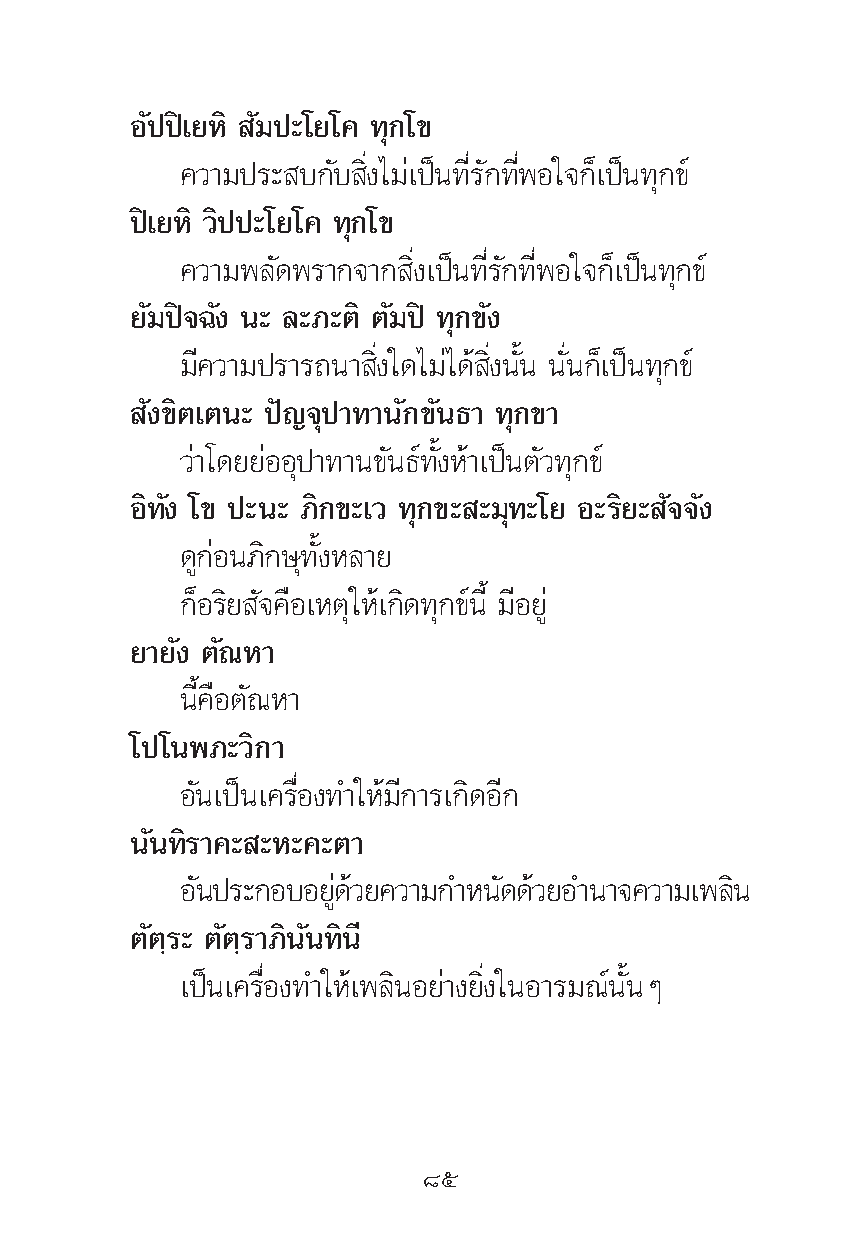
Õ—ªªî‡¬À‘ —¡ª–‚¬‚§ ∑ÿ°‚¢
 §«“¡ª√– ∫°—∫ ‘Ëß‰¡à‡ªìπ∑’Ë√—°∑’ËæÕ„®°Á‡ªìπ∑ÿ°¢å
 ªî‡¬À‘ «‘ªª–‚¬‚§ ∑ÿ°‚¢
 §«“¡æ≈—¥æ√“°®“° ‘Ëß‡ªìπ∑’Ë√—°∑’ËæÕ„®°Á‡ªìπ∑ÿ°¢å
 ¬—¡ªî®©—ß π– ≈–¿–μ‘ μ—¡ªî ∑ÿ°¢—ß
 ¡’§«“¡ª√“√∂π“ ‘Ëß„¥‰¡à‰¥â ‘Ëßπ—Èπ π—Ëπ°Á‡ªìπ∑ÿ°¢å
 —ß¢‘μ‡μπ– ªí≠®ÿª“∑“π—°¢—π∏“ ∑ÿ°¢“
 «à“‚¥¬¬àÕÕÿª“∑“π¢—π∏å∑—ÈßÀâ“‡ªìπμ—«∑ÿ°¢å
 Õ‘∑—ß ‚¢ ª–π– ¿‘°¢–‡« ∑ÿ°¢– –¡ÿ∑–‚¬ Õ–√‘¬– —®®—ß
 ¥Ÿ°àÕπ¿‘°…ÿ∑—ÈßÀ≈“¬
 °ÁÕ√‘¬ —®§◊Õ‡Àμÿ„Àâ‡°‘¥∑ÿ°¢åπ’È ¡’Õ¬Ÿà
 ¬“¬—ß μ—≥À“
 π’È§◊Õμ—≥À“
 ‚ª‚πæ¿–«‘°“
 Õ—π‡ªìπ‡§√◊ËÕß∑”„Àâ¡’°“√‡°‘¥Õ’°
 π—π∑‘√“§– –À–§–μ“
 Õπ— ª√–°Õ∫Õ¬¥Ÿà «â ¬§«“¡°”Àπ¥— ¥«â ¬Õ”π“®§«“¡‡æ≈π‘
 μ—μ⁄√– μ—μ⁄√“¿‘π—π∑‘π’
 ‡ªìπ‡§√◊ËÕß∑”„Àâ‡æ≈‘πÕ¬à“ß¬‘Ëß„πÕ“√¡≥åπ—ÈπÊ
 ¯ı